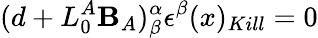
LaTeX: (d+L_{0}^{A}\mathbf{B}_{A})_{\beta}^{\alpha}\epsilon^{\beta}(x)_{Kill}=0